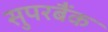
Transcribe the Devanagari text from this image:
सुपरबैंक